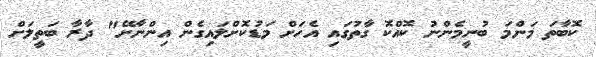
ކޮބާތަ މަންމަ ބުނީމެންނު ކޮއްކޮ ގާތުގައި އެހަށް މަޑުކޮށްލައިގެން އިންނާށޭ" ދާރާ ބަތީލަށް